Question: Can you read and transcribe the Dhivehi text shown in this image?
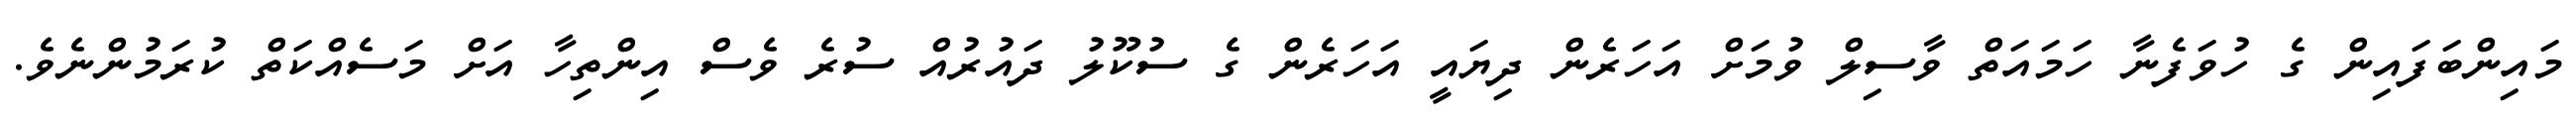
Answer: މައިންބަފައިން ގެ ހުވަފެނާ ހަމައަތް ވާސިލް ވުމަށް އަހަރެން ދިޔައީ އަހަރެން ގެ ސުކޫލު ދައުރުއް ސުރެ ވެސް އިންތިހާ އަށް މަސެއްކަތް ކުރަމުންނެވެ.